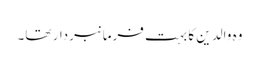
وہ والدین کا بہت فرمانبردار تھا۔